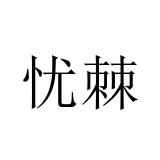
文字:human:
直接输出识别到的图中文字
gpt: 忧棘